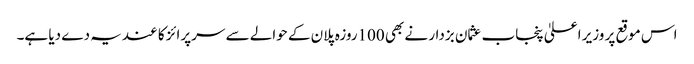
اس موقع پر وزیر اعلیٰ پنجاب عثمان بزدار نے بھی 100روزہ پلان کے حوالے سے سرپرائز کا عندیہ دے دیا ہے۔